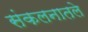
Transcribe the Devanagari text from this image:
संकलनातले